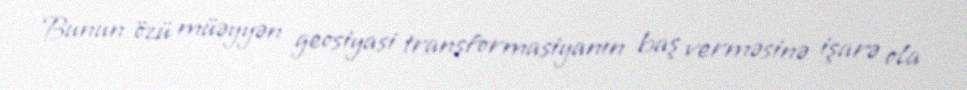
Bunun özü müəyyən geosiyasi transformasiyanın baş verməsinə işarə ola